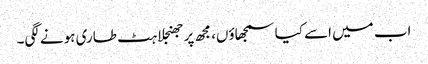
اب میں اسے کیا سمجھاؤں، مجھ پر جھنجلاہٹ طاری ہونے لگی۔